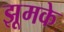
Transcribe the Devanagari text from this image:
झूमके